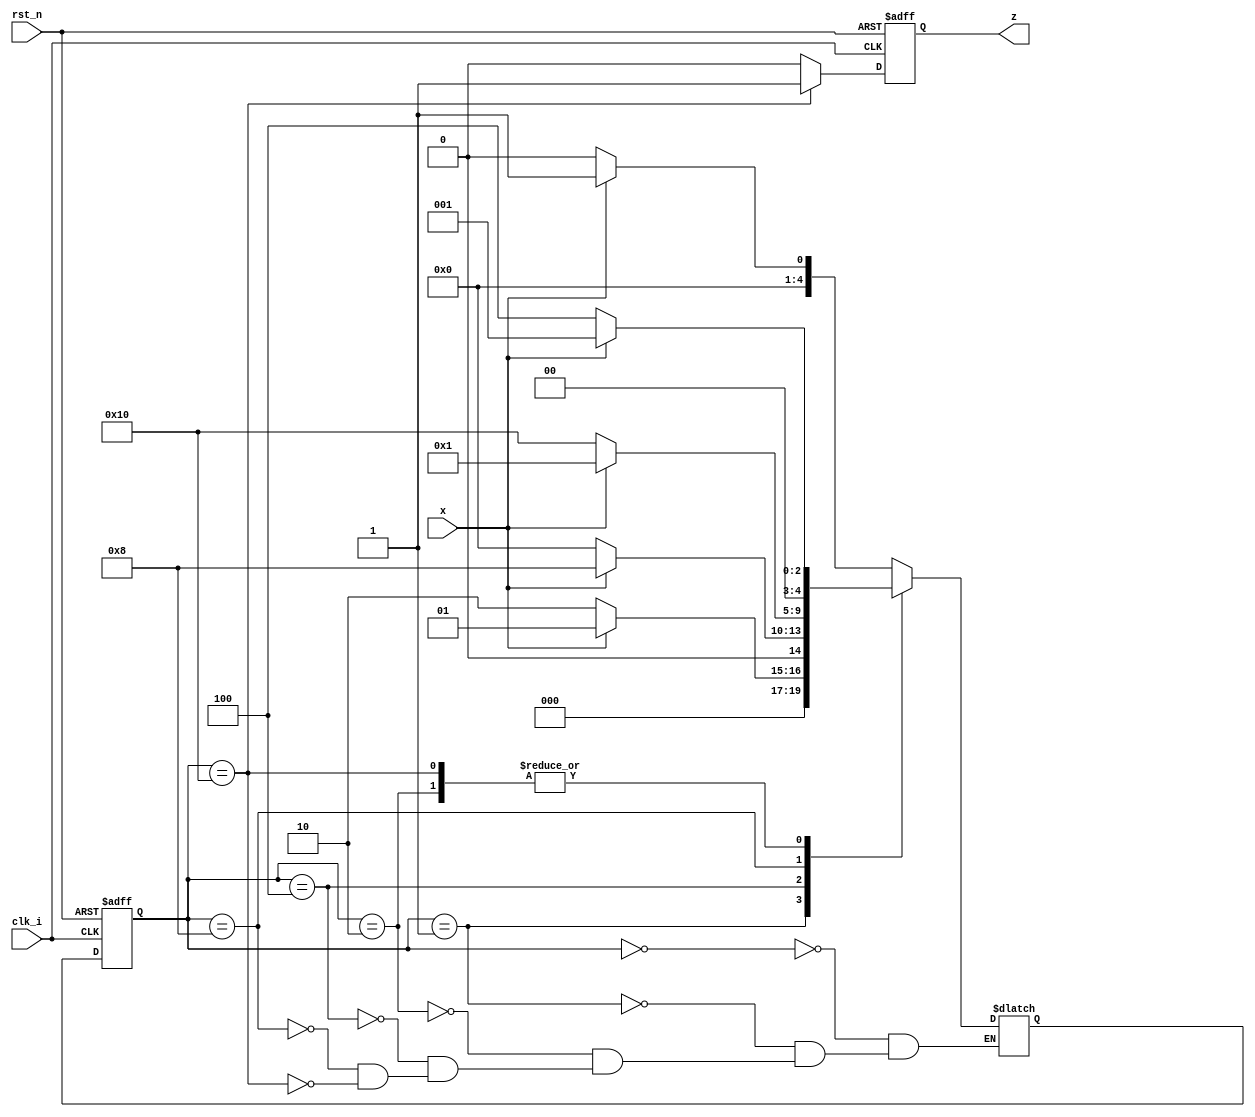
`timescale 1ns / 1ps
//////////////////////////////////////////////////////////////////////////////////
// Company: 
// Engineer: 
// 
// Design Name: 
// Module Name: seq_det
// Project Name: 
// Target Devices: 
// Tool Versions: 
// Description: 
// 
// Dependencies: 
// 
// Revision:
// Revision 0.01 - File Created
// Additional Comments:
// 
//////////////////////////////////////////////////////////////////////////////////

// 10010

module seq_det(
    input x,
    input clk_i,
    input rst_n,
    output reg z
    );

    reg [4:0] next_state;
    reg [4:0] current_state;


    parameter IDLE    = 5'b00000;
    parameter STATE_A = 5'b00001;
    parameter STATE_B = 5'b00010;
    parameter STATE_C = 5'b00100;
    parameter STATE_D = 5'b01000;
    parameter STATE_E = 5'b10000;

    always @(*)
    begin
        case(current_state)
            IDLE:
            begin
                if(x == 1'b0)
                begin
                    next_state <= IDLE;
                end
                else  //x == 1'b1
                begin
                    next_state <= STATE_A;
                end
            end
            STATE_A:
            begin
                if(x == 1'b0)
                begin
                    next_state <= STATE_B;
                end
                else  //x == 1'b1
                begin
                    next_state <= STATE_A;
                end
            end
            STATE_B:
            begin
                if(x == 1'b0)
                begin
                    next_state <= STATE_C;
                end
                else  //x == 1'b1
                begin
                    next_state <= STATE_A;
                end
            end
            STATE_C:
            begin
                if(x == 1'b0)
                begin
                    next_state <= IDLE;
                end
                else  //x == 1'b1
                begin
                    next_state <= STATE_D;
                end
            end
            STATE_D:
            begin
                if(x == 1'b0)
                begin
                    next_state <= STATE_E;
                end
                else  //x == 1'b1
                begin
                    next_state <= STATE_A;
                end
            end
            STATE_E:
            begin
                if(x == 1'b0)
                begin
                    next_state <= STATE_C;
                end
                else  //x == 1'b1
                begin
                    next_state <= STATE_A;
                end
            end
            default: next_state <= next_state;
        endcase
    end

    always @(posedge clk_i or negedge rst_n)
    begin
        if(!rst_n)
        begin
            current_state <= IDLE;
        end
        else 
        begin
            current_state <= next_state;
        end
    end

    always @(posedge clk_i or negedge rst_n)
    begin
        if(!rst_n)
        begin
            z = 1'b0;
        end
        else
        begin
            case(current_state)
            STATE_E:z = 1'b1;
            default:z = 1'b0;
            endcase
        end
    end

endmodule